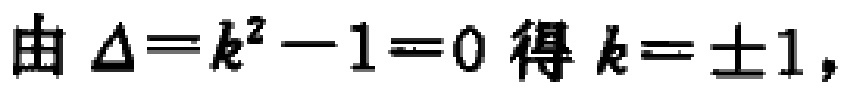
由 \(\Delta = k^{2}-1 = 0\) 得 \(k = \pm1\)，